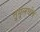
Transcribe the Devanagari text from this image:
तुमुलधोष